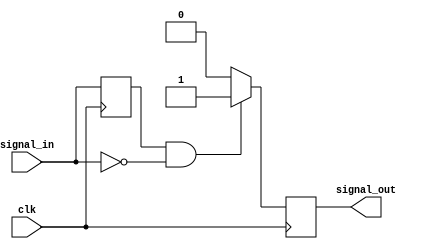
module negative_edge_detector (
    input wire clk,            // Clock signal
    input wire signal_in,      // Input signal to detect negative edge
    output reg signal_out      // Output signal indicating negative edge detection
);

    reg previous_state;        // Register to hold the previous state of signal_in

    // Always block triggered on the rising edge of the clock
    always @(posedge clk) begin
        // Update previous_state with the current signal_in
        previous_state <= signal_in;

        // Edge detection logic
        if (previous_state == 1'b1 && signal_in == 1'b0) begin
            signal_out <= 1'b1; // Negative edge detected, set output high
        end else begin
            signal_out <= 1'b0; // No edge detected, set output low
        end
    end

endmodule